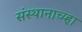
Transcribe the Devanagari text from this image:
संस्थानाच्य्हा